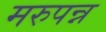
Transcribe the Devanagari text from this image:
मरुपन्न